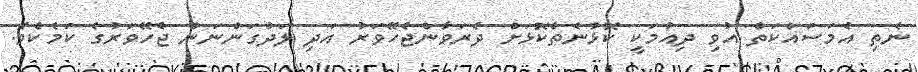
ނެތި އެމަސައްކަތް އުވި ދިއުމަކީ ކޮޅުނެތްކޮޅަށް ދެރަވާންޖެހޭވަރު އަދި ލަދުގަންނަން ޖެހޭވަރުގެ ކަމެކެވެ.